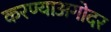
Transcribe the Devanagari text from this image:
करण्याअगोदर